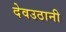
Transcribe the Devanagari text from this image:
देवउठानी